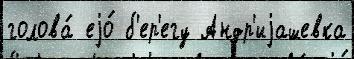
голова́ еjо́ б'ер'егу Андр'иjашевка